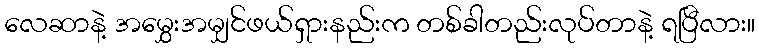
လေဆာနဲ့ အမွှေးအမျှင်ဖယ်ရှားနည်းက တစ်ခါတည်းလုပ်တာနဲ့ ရပြီလား။